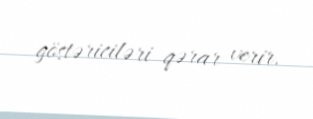
göstəriciləri qərar verir.